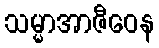
သမ္မာအာဇီဝေန